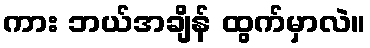
ကား ဘယ်အချိန် ထွက်မှာလဲ။